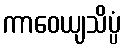
ကာဝေယျသိပ္ပံ